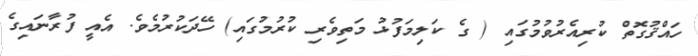
ހައްޤުގޮތް ކުރިއެރުވުމުގައި ( ގެ ކަލިމަފުޅު މަތިވެރި ކުރުމުގައި) ހޭދަކުރުމެވެ. އެއީ ފުރާނައިގެ